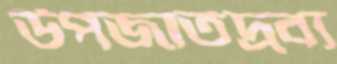
উপজাতদ্রব্য